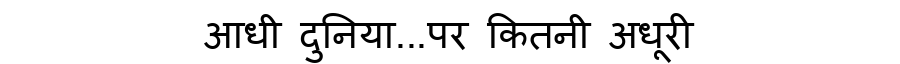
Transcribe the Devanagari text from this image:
आधी दुनिया...पर कितनी अधूरी